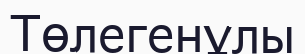
Төлегенұлы